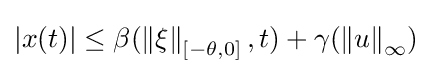
\left|x(t)\right|\leq \beta (\left\|\xi \right\|_{\left[-\theta ,0\right]},t)+\gamma (\left\|u\right\|_{\infty })